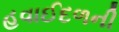
હવાઈદળની